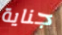
جناية